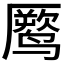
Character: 𱊧